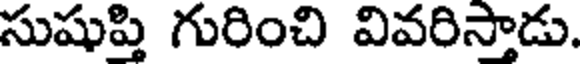
సుషుప్తి గురించి వివరిస్తాడు.